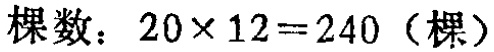
棵数：\(20\times 12 = 240\)（棵）